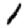
Digit: 1